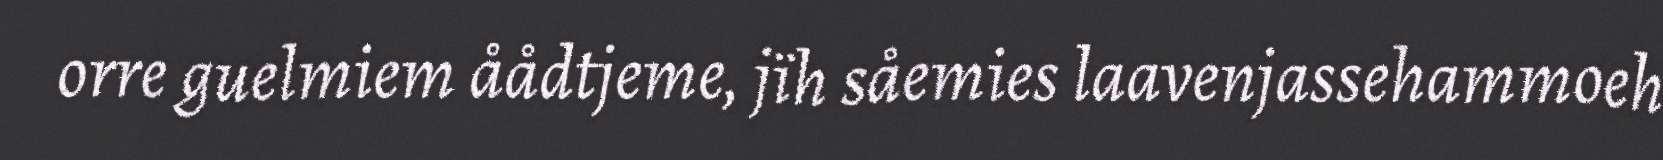
orre guelmiem åådtjeme, jïh såemies laavenjassehammoeh